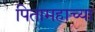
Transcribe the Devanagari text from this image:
पितामहाच्या